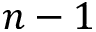
n - 1